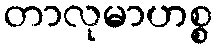
တာလုမာဟစ္စ